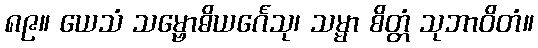
၈၉။ ယေသံ သမ္ဗောဓိယင်္ဂေသု၊ သမ္မာ စိတ္တံ သုဘာဝိတံ။